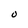
Character: O